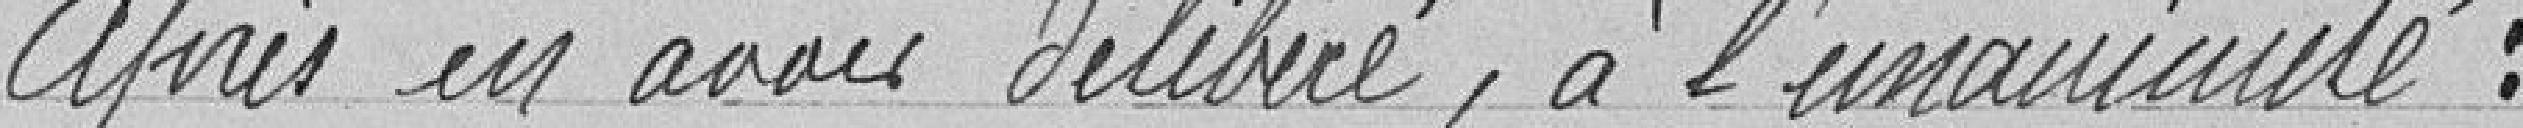
après en avoir délibéré, à l'unanimité :